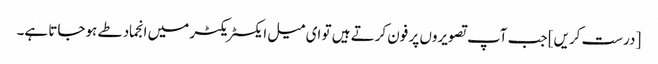
[درست کریں] جب آپ تصویروں پر فون کرتے ہیں تو ای میل ایکسٹریکٹر میں انجماد طے ہوجاتا ہے۔